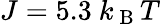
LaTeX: J=5.3\mathrm{~}k_{\mathrm{~B~}}T